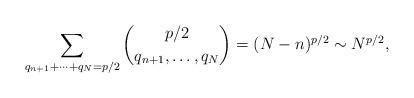
LaTeX: \begin{align*}\sum_{q_{n+1}+\cdots +q_N=p/2} \binom{p/2}{q_{n+1},\ldots,q_N} = (N-n)^{p/2} \sim N^{p/2},\end{align*}